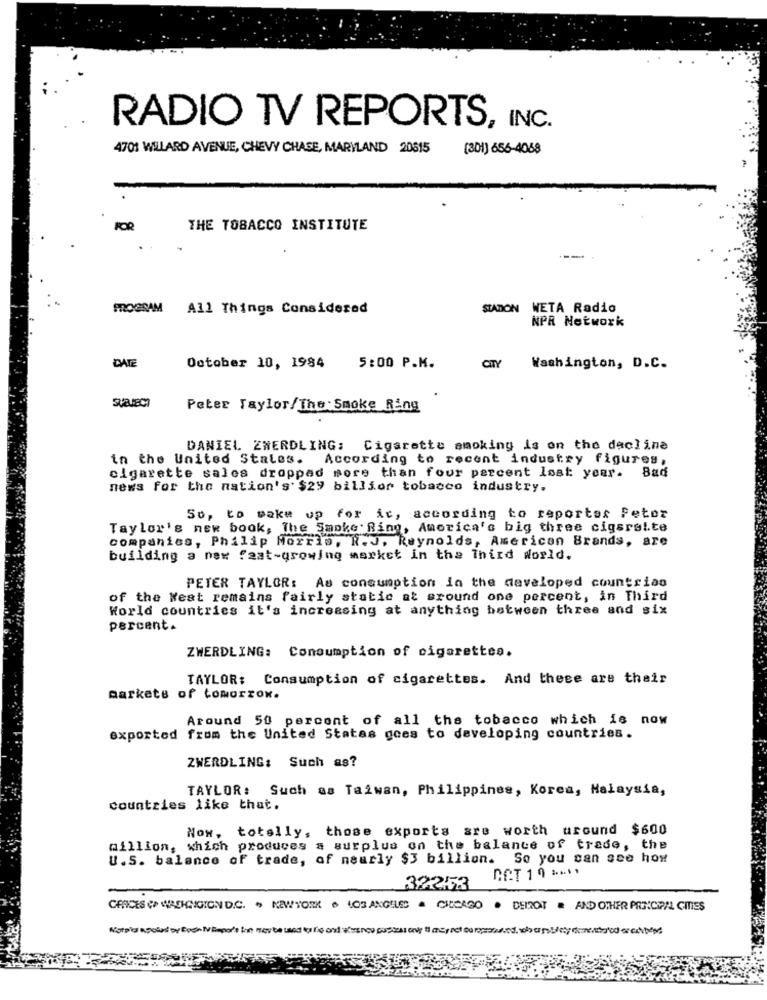
RADIO TV REPORTS, INC.
4701 WILLARD AVENUE, CHEVY CHASE, MARYLAND 20515
(301) 656-4058
FOR
THE TOBACCO INSTITUTE
MOGSAM All Things Considered
STADION WETA Radio
NPR Network
DATE
October 10, 1984
5:00 P.M.
CITY
Washington, D.C.
Peter Taylor/The Smoke Ring
DANIEL ZWERDLING: Cigarette smoking is on the decline
in the United States.
According to recent industry figures,
cigarette salcs dropped more than four percent last year.
Bad
news for the nation's' $29 billfor tobacco industry.
So, to make up for it, according to reportes Peter
Taylor's new book, The Smoke' Ring, America's big three cigarette
companies, Philip Morris, R.J. Reynolds, American Brands, are
building a new fast-growing market in the Third World.
PETER TAYLOR: As consumption in the developed countries
of the West remains fairly static at around one percent, in Third
World countries it's increasing at anything between three and six
percent.
ZWERDLING: Consumption of cigarettes.
TAYLOR: Consumption of cigarettes. And these are their
markets of tomorrow.
Around 50 percent of all the tobacco which is now
exportod from the United States goes to developing countries.
ZWERDLING: Such as?
TAYLOR: Such as Taiwan, Philippines, Korea, Malaysia,
countries like that.
Now, totally, those exports are worth around $600
million, which produces a surplus on the balance of trade, the
U.S. balance of trade, of nearly $3 billion. So you can see how
32253
OFFICES &# WREHNGION D.C. , NEWYORK . LOS ANGELES A CHICAGO . DEIROT . AND OTHER PRINCIPAL CITIES